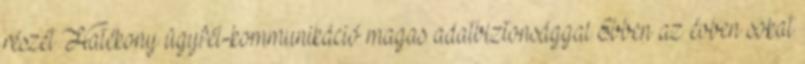
részét Hatékony ügyfél-kommunikáció magas adatbiztonsággal Ebben az évben sokat